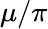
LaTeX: \mu/\pi